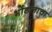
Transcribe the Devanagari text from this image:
भोंडलाचा